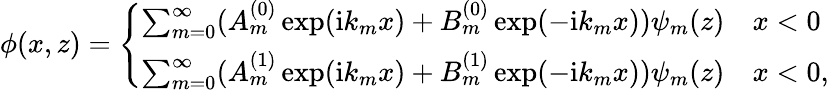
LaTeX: \phi(x,z)=\left\{ \begin{array}{ll}{\sum_{m=0}^{\infty}(A_{m}^{(0)}\exp(\mathrm{i}k_{m}x)+B_{m}^{(0)}\exp(-\mathrm{i}k_{m}x))\psi_{m}(z)}&{x<0}\\ {\sum_{m=0}^{\infty}(A_{m}^{(1)}\exp(\mathrm{i}k_{m}x)+B_{m}^{(1)}\exp(-\mathrm{i}k_{m}x))\psi_{m}(z)}&{x<0,}\end{array}\right.